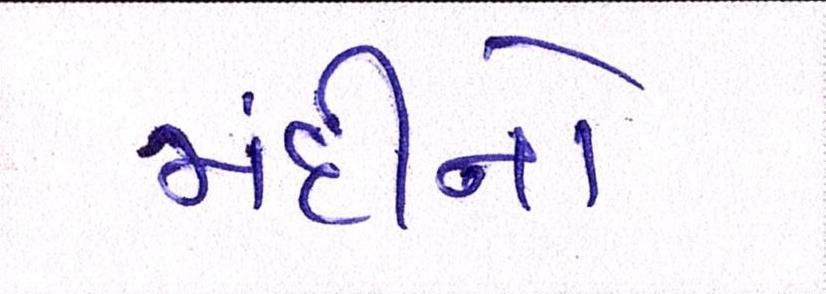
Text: મંદીનો